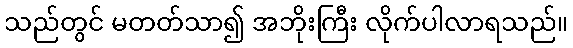
သည်တွင် မတတ်သာ၍ အဘိုးကြီး လိုက်ပါလာရသည်။